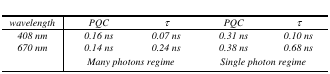
| wavelength | PQC | τ | PQC | τ |
 | --- | --- | --- | --- | --- |
 | 408 nm | 0.16 ns | 0.07 ns | 0.31 ns | 0.10 ns |
 | 670 nm | 0.14 ns | 0.24 ns | 0.38 ns | 0.68 ns |
 |  | <COLSPAN=2> Many photons regime | <COLSPAN=2> Single photon regime |